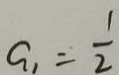
a _ { 1 } = \frac { 1 } { 2 }